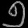
Digit: ၅